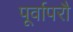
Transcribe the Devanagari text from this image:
पूर्वापरौ